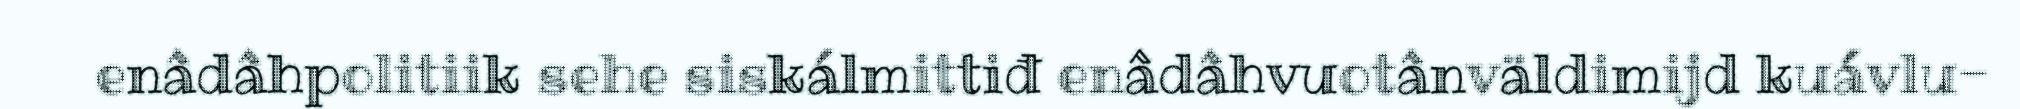
enâdâhpolitiik sehe siskálmittiđ enâdâhvuotânväldimijd kuávlu-